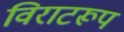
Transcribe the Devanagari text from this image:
विराटरूप